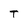
Character: T